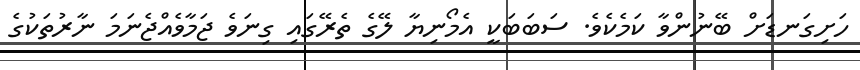
ހަށިގަނޑަށް ބޭނުންވާ ކަމެކެވެ. ސަބަބަކީ އެމޯނިޔާ ލޭގެ ތެރޭގައި ގިނަވެ ޖަމާވެއްޖެނަމަ ނާރުތަކުގެ